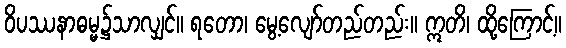
ဝိပဿနာဓမ္မ၌သာလျှင်။ ရတော၊ မွေ့လျော်တည်တည်း။ ဣတိ၊ ထို့ကြောင့်။